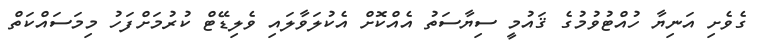
ގެވެށި އަނިޔާ ހުއްޓުވުމުގެ ޤައުމީ ސިޔާސަތު އެއްކޮށް އެކުލަވާލައި ވެލިޑޭޓް ކުރުމަށްފަހު މިމަސައްކަތް